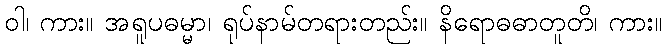
ဝါ၊ ကား။ အရူပဓမ္မာ၊ ရုပ်နာမ်တရားတည်း။ နိရောဓဓာတူတိ၊ ကား။